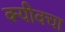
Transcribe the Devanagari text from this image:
क्यीवचा